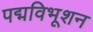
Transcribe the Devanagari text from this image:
पद्मविभूशन